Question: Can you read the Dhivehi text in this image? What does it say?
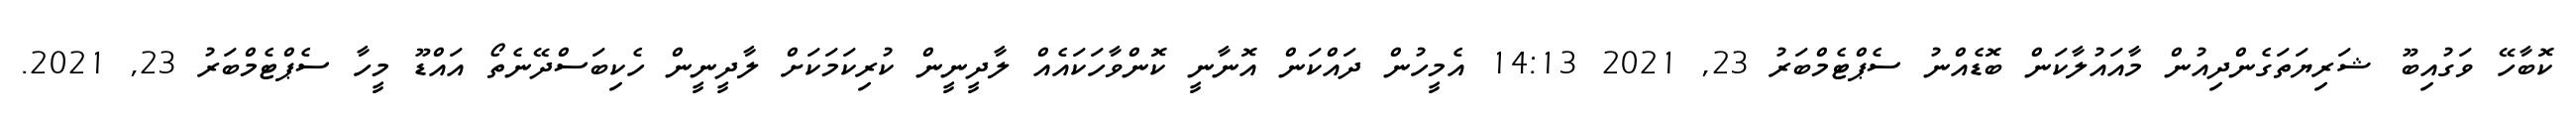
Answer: ކޮބާހޭ ވަގުއިބޫ ޝަރިޔަތަގެންދިއުން މާއައުލާކަން ބޮޑެއްނު ސެޕްޓެމްބަރު 23, 2021 14:13 އެމީހުން ދައްކަން އޮނާނީ ކޮންވާހަކައެއް ލާދީނީން ކުރިކަމަކަށް ލާދީނީން ހެކިބަސްދޭނެތޯ އައްޑޫ މީހާ ސެޕްޓެމްބަރު 23, 2021.